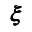
{ \pmb \xi }